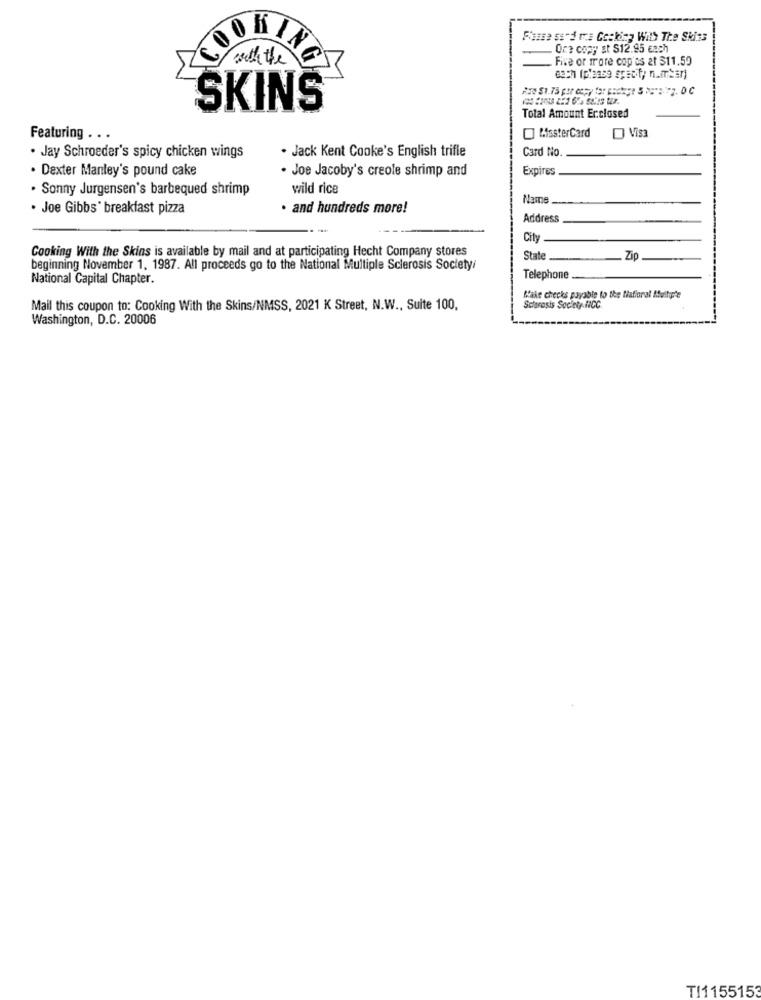
Fiarse ssd tra Cecking With The Skins
Ore copy st S12.95 each
with the
KING
Five or more cop'ss at $11.59
each (please specify number)
SKINS
Total Amount Erclosed
MissterCard
Featuring . . .
Card No
. Jay Schroeder's spicy chicken wings
. Jack Kent Cooke's English trifle
· Dexter Mantey's pound cake
· Joe Jacoby's creole shrimp and
Expires
. Sonny Jurgensen's barbequed shrimp
wild rice
Name
Joe Gibbs' breakfast pizza
· and hundreds more!
Address
City
Cooking With the Skins is available by mail and at participating Hecht Company stores
State
.Zip
beginning November 1. 1987. All proceeds go to the National Multiple Sclerosis Society/
National Capital Chapter.
Telephone
Make checks payable to the National Muitote
Mail this coupon to: Cooking With the Skins/NMSS, 2021 K Street, N.W ., Suite 100.
Sctorasis Society HCC
Washington, D.C. 20006
TI1155153